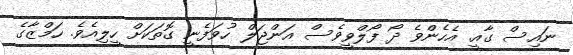
ނައިސް ގާއީ. އެހެންވެ ދޯޯ ފޯލްވީވެސް އަންޖަލް ހުވަފެނީ ގޮތަކަށް ހީލިއެވެ. ހަމްޒާގެ